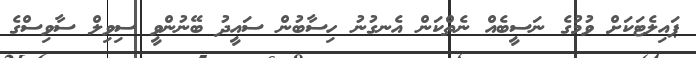
ޕައިލެޓަކަށް ވުމުގެ ނަސީބެއް ނެތްކަން އެނގުނު ހިސާބުން ސައީދު ބޭނުންވީ ސިވިލް ސާވިސްގެ